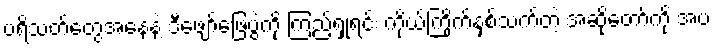
ပရိသတ်တွေအနေနဲ့ ဒီဖျော်ဖြေပွဲကို ကြည့်ရှုရင်း ကိုယ်ကြိုက်နှစ်သက်တဲ့ အဆိုတော်ကို အပ